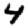
Digit: 4